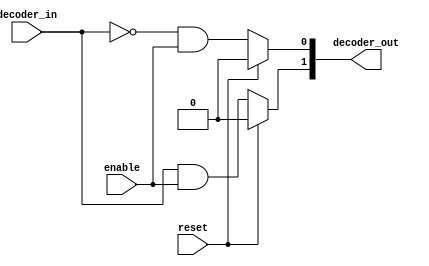
`timescale 1ns / 1ps
//////////////////////////////////////////////////////////////////////////////////
// Company: 
// Engineer: 
// 
// Design Name: 
// Module Name: Decoder
// Project Name: 
// Target Devices: 
// Tool Versions: 
// Description: 
// 
// Dependencies: 
// 
// Revision:
// Revision 0.01 - File Created
// Additional Comments:
// 
//////////////////////////////////////////////////////////////////////////////////


module Decoder(
        decoder_in,
        decoder_out,
        enable,
        reset
    );
    
    parameter BITS_IN = 1; //Number of input bits
    parameter BITS_OUT = 2; //Number of output bits
    
    integer i;
    
    input[BITS_IN-1:0] decoder_in;
    input enable, reset;
    output reg [BITS_OUT-1:0] decoder_out;
    
    always @(decoder_in or enable or reset) begin
        if(reset)
            decoder_out = 0;
        else
            for(i=0;i<BITS_OUT;i=i+1)
                decoder_out[i] = (i==decoder_in) && enable ;
    end
endmodule